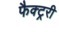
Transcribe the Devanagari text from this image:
फैक्ट्ररी